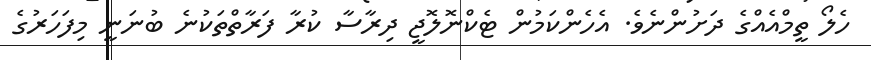
ހެލޯ ތީމްއެއްގެ ދަށުންނެވެ. އެހެންކަމުން ޓެކްނޮލޮޖީ ދިރާސާ ކުރާ ފަރާތްތަކުނެ ބުނަނީ މިފަހަރުގެ